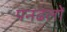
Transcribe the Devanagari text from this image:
पनढलों